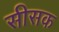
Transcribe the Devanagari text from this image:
सीसक